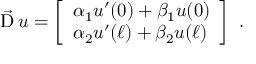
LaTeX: { \vec { \operatorname { D } } } \, u = \left[ { \begin{array} { l } { \alpha _ { 1 } u ^ { \prime } ( 0 ) + \beta _ { 1 } u ( 0 ) } \\ { \alpha _ { 2 } u ^ { \prime } ( \ell ) + \beta _ { 2 } u ( \ell ) } \end{array} } \right] ~ .